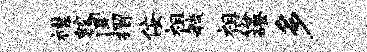
襟蛟闻摺佞祖敏祖俗磴多